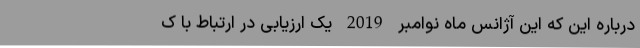
درباره این که این آژانس ماه نوامبر 2019 یک ارزیابی در ارتباط با ک